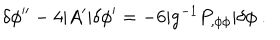
LaTeX: \delta \phi ^ { \prime \prime } - 4 | A ^ { \prime } | \delta \phi ^ { \prime } = - 6 | g ^ { - 1 } P _ { , \phi \phi } | \delta \phi \ .